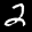
Label: 2